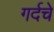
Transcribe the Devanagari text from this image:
गर्दचे